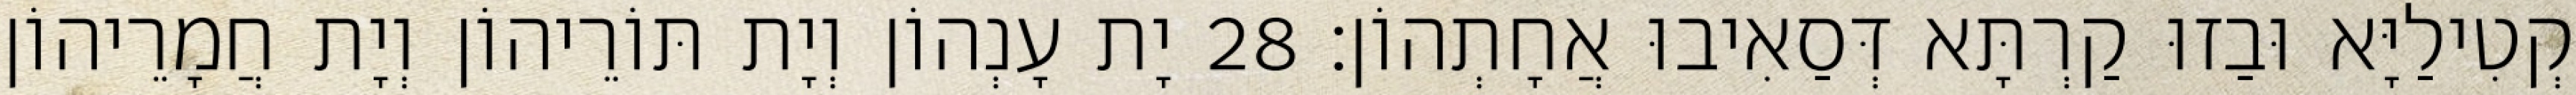
קְטִילַיָּא וּבַזוּ קַרְתָּא דְּסַאִיבוּ אֲחָתְהוֹן׃ 28 יָת עָנְהוֹן וְיָת תּוֹרֵיהוֹן וְיָת חֲמָרֵיהוֹן